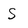
Character: S